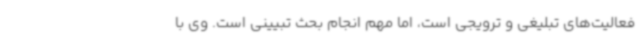
فعالیت‌های تبلیغی و ترویجی است، اما مهم انجام بحث تبیینی است. وی با